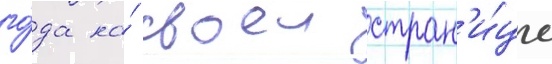
го́да на́ своеи стран'и́це